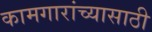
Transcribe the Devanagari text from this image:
कामगारांच्यासाठी